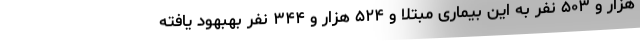
هزار و ۵۰۳ نفر به این بیماری مبتلا و ۵۲۴ هزار و ۳۴۴ نفر بهبهود یافته